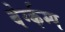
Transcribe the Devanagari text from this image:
बेर्ग्कम्प